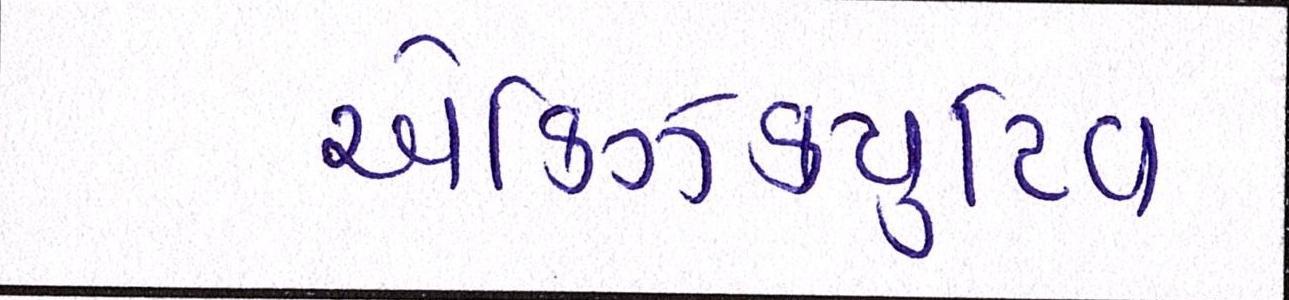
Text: એક્ઝિક્યુટિવ